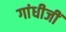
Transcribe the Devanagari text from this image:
गांधीजीं